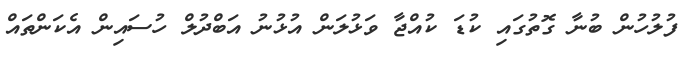
ފުލުހުން ބުނާ ގޮތުގައި ކުޑަ ކުއްޖާ ވަޅުލަން އުޅުނު އަބްދުލް ހުސައިން އެކަންތައް